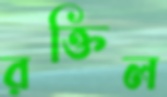
রক্তিল